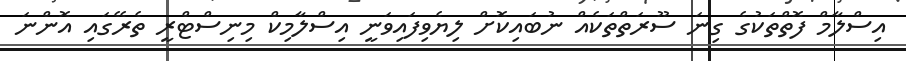
އިސްލާމް ފޮތްތަކުގެ ގިނަ ސޫރަތްތަކެއް ނުބައިކޮށް ލިޔެވިފައިވަނީ އިސްލާމިކް މިނިސްޓްރީ ތެރޭގައި އޮންނަ